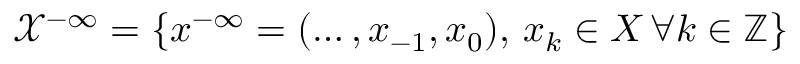
\mathcal { X } ^ { - \infty } = \{ x ^ { - \infty } = ( \ldots , x _ { - 1 } , x _ { 0 } ) , \, x _ { k } \in X \, \forall k \in \mathbb { Z } \}